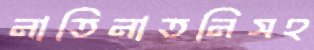
নাতিনাতনিসহ